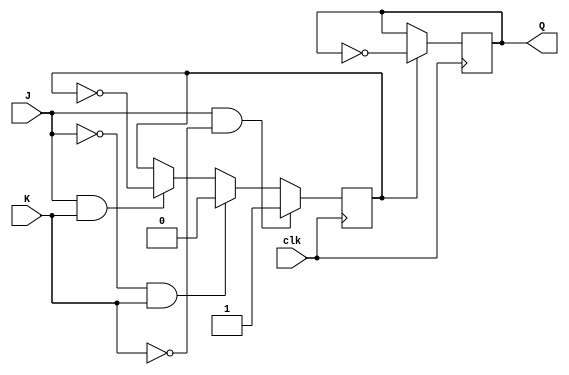
module t_flip_flop (
    input clk,
    input J,
    input K,
    output reg Q
);

reg T;

always @(posedge clk) begin
    if (J & ~K)
        T <= 1;
    else if (~J & K)
        T <= 0;
    else if (J & K)
        T <= ~T;
end

always @(posedge clk) begin
    if (T)
        Q <= ~Q;
end

endmodule